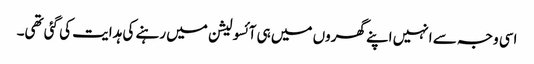
اسی وجہ سے انہیں اپنے گھروں میں ہی آئسولیشن میں رہنے کی ہدایت کی گئی تھی۔